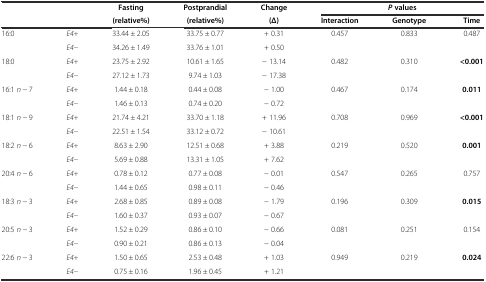
<table><thead><tr><td></td><td></td><td><b>Fasting</b></td><td><b>Postprandial</b></td><td><b>Change</b></td><td colspan="3"><b><i>P</i>values</b></td></tr><tr><td></td><td></td><td><b>(relative%)</b></td><td><b>(relative%)</b></td><td><b>(Δ)</b></td><td><b>Interaction</b></td><td><b>Genotype</b></td><td><b>Time</b></td></tr></thead><tbody><tr><td rowspan="2">16:0</td><td><i>E4+</i></td><td>33.44 ± 2.05</td><td>33.75 ± 0.77</td><td>+ 0.31</td><td rowspan="2">0.457</td><td rowspan="2">0.833</td><td rowspan="2">0.487</td></tr><tr><td><i>E4−</i></td><td>34.26 ± 1.49</td><td>33.76 ± 1.01</td><td>+ 0.50</td></tr><tr><td rowspan="2">18:0</td><td><i>E4+</i></td><td>23.75 ± 2.92</td><td>10.61 ± 1.65</td><td>− 13.14</td><td rowspan="2">0.482</td><td rowspan="2">0.310</td><td rowspan="2"><b>&lt;0.001</b></td></tr><tr><td><i>E4−</i></td><td>27.12 ± 1.73</td><td>9.74 ± 1.03</td><td>− 17.38</td></tr><tr><td rowspan="2">16:1 <i>n</i> − 7</td><td><i>E4+</i></td><td>1.44 ± 0.18</td><td>0.44 ± 0.08</td><td>− 1.00</td><td rowspan="2">0.467</td><td rowspan="2">0.174</td><td rowspan="2"><b>0.011</b></td></tr><tr><td><i>E4−</i></td><td>1.46 ± 0.13</td><td>0.74 ± 0.20</td><td>− 0.72</td></tr><tr><td rowspan="2">18:1 <i>n</i> − 9</td><td><i>E4+</i></td><td>21.74 ± 4.21</td><td>33.70 ± 1.18</td><td>+ 11.96</td><td rowspan="2">0.708</td><td rowspan="2">0.969</td><td rowspan="2"><b>&lt;0.001</b></td></tr><tr><td><i>E4−</i></td><td>22.51 ± 1.54</td><td>33.12 ± 0.72</td><td>− 10.61</td></tr><tr><td rowspan="2">18:2 <i>n</i> − 6</td><td><i>E4+</i></td><td>8.63 ± 2.90</td><td>12.51 ± 0.68</td><td>+ 3.88</td><td rowspan="2">0.219</td><td rowspan="2">0.520</td><td rowspan="2"><b>0.001</b></td></tr><tr><td><i>E4−</i></td><td>5.69 ± 0.88</td><td>13.31 ± 1.05</td><td>+ 7.62</td></tr><tr><td rowspan="2">20:4 <i>n</i> − 6</td><td><i>E4+</i></td><td>0.78 ± 0.12</td><td>0.77 ± 0.08</td><td>− 0.01</td><td rowspan="2">0.547</td><td rowspan="2">0.265</td><td rowspan="2">0.757</td></tr><tr><td><i>E4−</i></td><td>1.44 ± 0.65</td><td>0.98 ± 0.11</td><td>− 0.46</td></tr><tr><td rowspan="2">18:3 <i>n</i> − 3</td><td><i>E4+</i></td><td>2.68 ± 0.85</td><td>0.89 ± 0.08</td><td>− 1.79</td><td rowspan="2">0.196</td><td rowspan="2">0.309</td><td rowspan="2"><b>0.015</b></td></tr><tr><td><i>E4−</i></td><td>1.60 ± 0.37</td><td>0.93 ± 0.07</td><td>− 0.67</td></tr><tr><td rowspan="2">20:5 <i>n</i> − 3</td><td><i>E4+</i></td><td>1.52 ± 0.29</td><td>0.86 ± 0.10</td><td>− 0.66</td><td rowspan="2">0.081</td><td rowspan="2">0.251</td><td rowspan="2">0.154</td></tr><tr><td><i>E4−</i></td><td>0.90 ± 0.21</td><td>0.86 ± 0.13</td><td>− 0.04</td></tr><tr><td rowspan="2">22:6 <i>n</i> − 3</td><td><i>E4+</i></td><td>1.50 ± 0.65</td><td>2.53 ± 0.48</td><td>+ 1.03</td><td rowspan="2">0.949</td><td rowspan="2">0.219</td><td rowspan="2"><b>0.024</b></td></tr><tr><td><i>E4−</i></td><td>0.75 ± 0.16</td><td>1.96 ± 0.45</td><td>+ 1.21</td></tr></tbody></table>